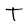
Character: T